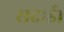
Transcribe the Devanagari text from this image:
सदाई।